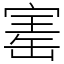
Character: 寚